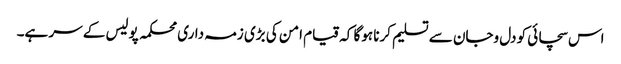
اس سچائی کو دل وجان سے تسلیم کرنا ہوگا کہ قیام امن کی بڑی زمہ داری محکمہ پولیس کے سر ہے۔